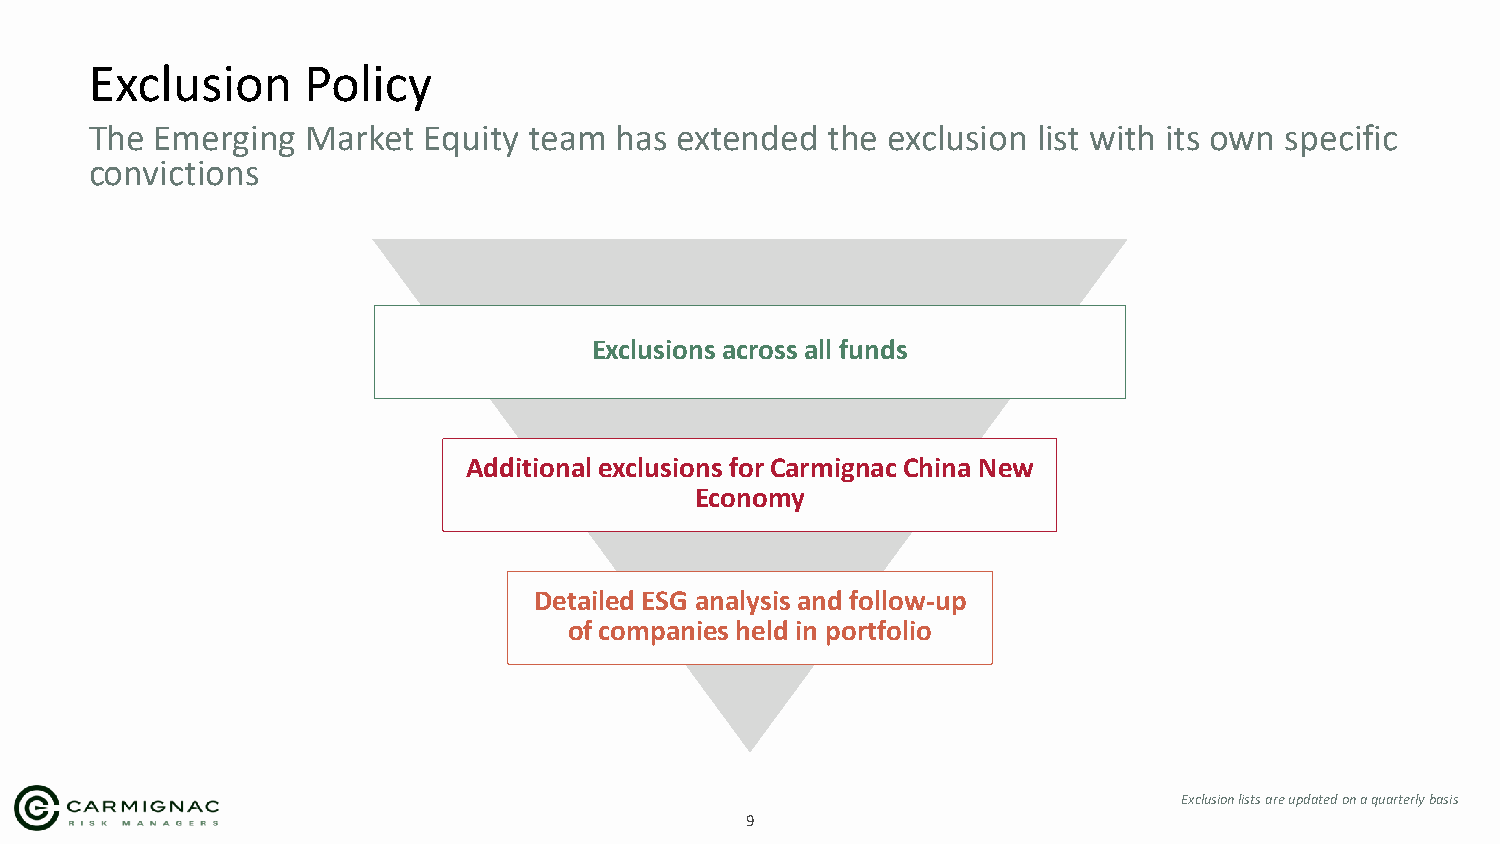
Exclusion     Policy
 The Emerging  Market  Equity team  has extended  the exclusion list with its own specific
 convictions
 Exclusions across all funds
 Additional exclusions for Carmignac China New
 Economy
 Detailed ESG analysis and follow-up
 of companies held in portfolio
 Exclusion lists are updated on a quarterly basis
 9